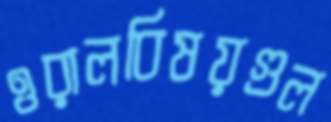
ওরালবিষয়গুল